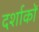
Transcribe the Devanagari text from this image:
दर्शाकों